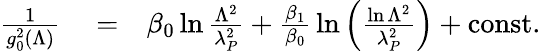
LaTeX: \begin{array}{rlr}{{\frac{1}{g_{0}^{2}(\Lambda)}}}&{{}=}&{\beta_{0}\ln{\frac{\Lambda^{2}}{\lambda_{P}^{2}}}+{\frac{\beta_{1}}{\beta_{0}}}\ln\left({\frac{\ln\Lambda^{2}}{\lambda_{P}^{2}}}\right)+\mathrm{const.}}\end{array}